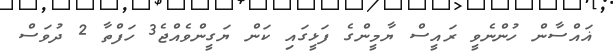
ޣައްސާން ހުންނެވީ ރައީސް ޔާމީންގެ ފަޅީގައި ކަން ޔަގީންވެއްޖެ3 ހަފްތާ 2 ދުވަސް